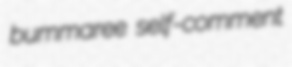
bummaree self-comment